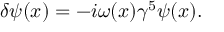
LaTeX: \delta \psi ( x ) = - i \omega ( x ) \gamma ^ { 5 } \psi ( x ) .